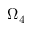
\Omega _ { 4 }